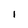
Character: 1